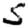
Digit: 5